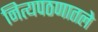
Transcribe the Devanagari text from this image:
नित्यपठणातले